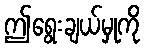
ဤရွေးချယ်မှုကို